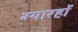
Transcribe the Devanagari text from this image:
ग्यारहों